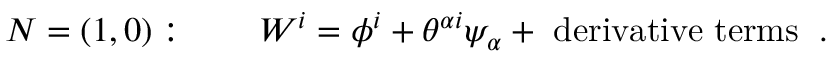
N = ( 1 , 0 ) : \qquad W ^ { i } = \phi ^ { i } + \theta ^ { \alpha i } \psi _ { \alpha } + \mathrm { \small ~ d e r i v a t i v e ~ t e r m s ~ } \; .